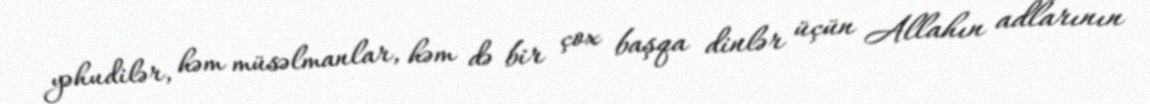
yəhudilər, həm müsəlmanlar, həm də bir çox başqa dinlər üçün Allahın adlarının